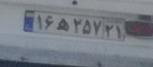
۱۶ه۲۵۷۲۱